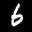
Label: 6